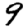
Digit: 9